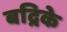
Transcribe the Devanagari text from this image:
बद्रिके